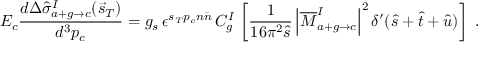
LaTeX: E _ { c } \frac { d \Delta \hat { \sigma } _ { a + g \rightarrow c } ^ { I } ( \vec { s } _ { T } ) } { d ^ { 3 } p _ { c } } = g _ { s } \, \epsilon ^ { s _ { T } p _ { c } n \bar { n } } \, C _ { g } ^ { I } \, \left[ \frac { 1 } { 1 6 \pi ^ { 2 } \hat { s } } \left| \overline { { { M } } } _ { a + g \rightarrow c } ^ { I } \right| ^ { 2 } \delta ^ { \prime } ( \hat { s } + \hat { t } + \hat { u } ) \right] \ .